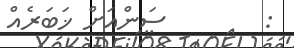
:        ސަންއަށް ޚަބަރެއް